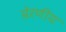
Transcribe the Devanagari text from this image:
प्रेरणीय